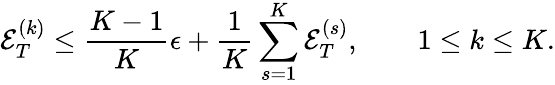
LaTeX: {\mathcal E}_{T}^{(k)}\le\frac{K-1}K\epsilon+\frac{1}{K}\sum_{s=1}^{K}{\mathcal E}_{T}^{(s)},\qquad 1\le k\le K.